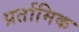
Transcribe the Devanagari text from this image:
प्रर्तामिक